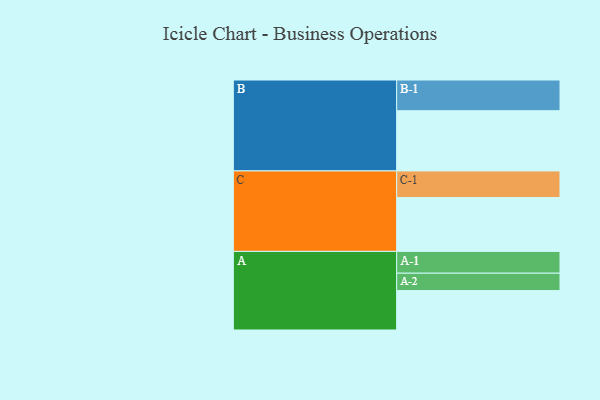
{"axis": {"x": "Segment", "y": "Value"}, "legend": ["", "A", "B", "C"], "data": [{"x": "A", "y": 358, "type": ""}, {"x": "B", "y": 547, "type": ""}, {"x": "C", "y": 489, "type": ""}, {"x": "A-1", "y": 198, "type": "A"}, {"x": "A-2", "y": 158, "type": "A"}, {"x": "B-1", "y": 279, "type": "B"}, {"x": "C-1", "y": 242, "type": "C"}]}